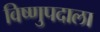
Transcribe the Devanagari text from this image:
विष्णुपदाला